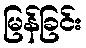
မြန်ခြင်း